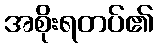
အစိုးရတပ်၏